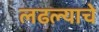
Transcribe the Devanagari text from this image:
लढल्याचे